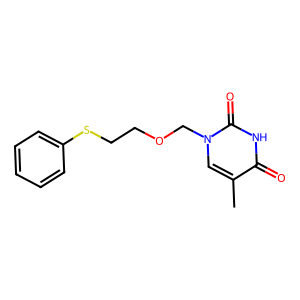
SMILES: Cc1cn(COCCSc2ccccc2)c(=O)[nH]c1=O
Inhibits HIV replication: No